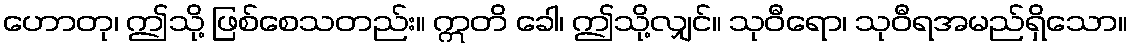
ဟောတု၊ ဤသို့ ဖြစ်စေသတည်း။ ဣတိ ခေါ၊ ဤသို့လျှင်။ သုဝီရော၊ သုဝီရအမည်ရှိသော။